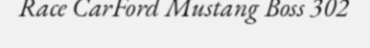
Race CarFord Mustang Boss 302